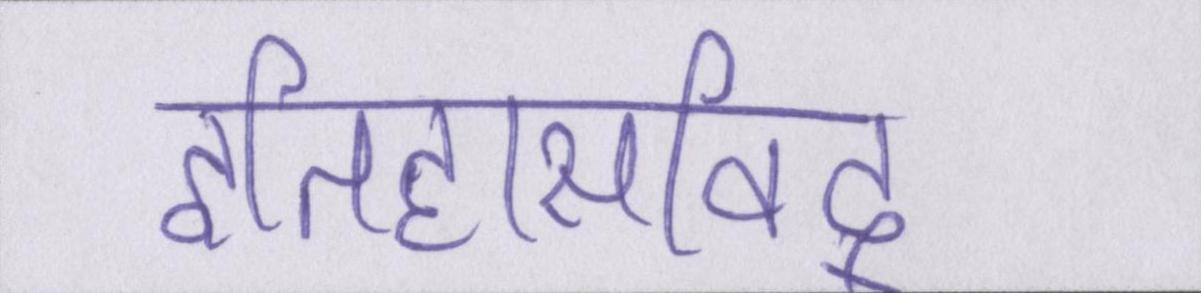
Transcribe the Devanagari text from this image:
इतिहासविद्